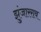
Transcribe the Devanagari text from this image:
झुंजारराव